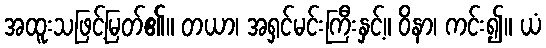
အထူးသဖြင့်မြတ်၏။ တယာ၊ အရှင်မင်းကြီးနှင့်။ ဝိနာ၊ ကင်း၍။ ယံ